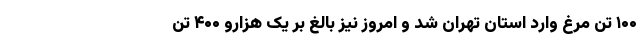
۱۰۰ تُن مرغ وارد استان تهران شد و امروز نیز بالغ بر یک هزارو ۴۰۰ تُن